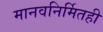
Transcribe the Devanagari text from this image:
मानवनिर्मितही